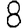
Digit: 8